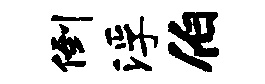
倒浮伯